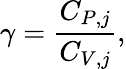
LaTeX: \gamma=\frac{C_{P,j}}{C_{V,j}},